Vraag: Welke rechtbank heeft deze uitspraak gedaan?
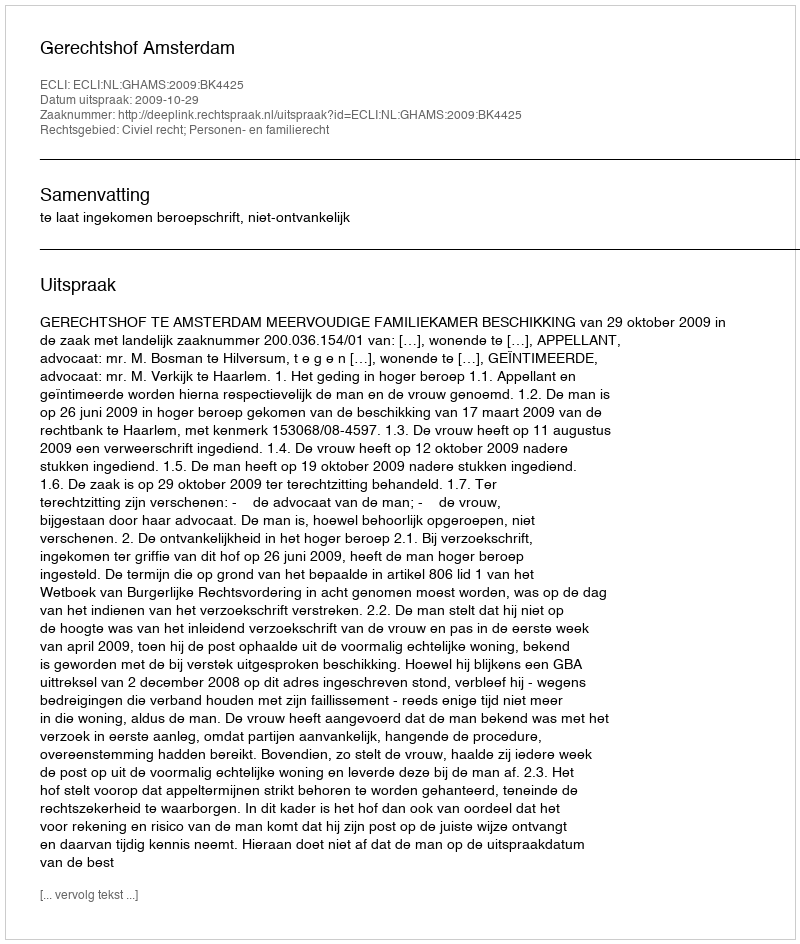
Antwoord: Gerechtshof Amsterdam